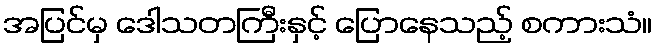
အပြင်မှ ဒေါသတကြီးနှင့် ပြောနေသည့် စကားသံ။